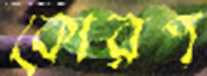
কোরপ